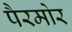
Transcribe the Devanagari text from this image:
पैरमोर